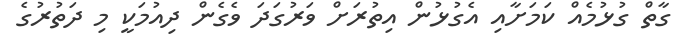
ގާތް ގުޅުމެއް ކަމަށާއި އެގުޅުން އިތުރަށް ވަރުގަދަ ވެގެން ދިއުމަކީ މި ދަތުރުގެ